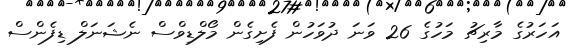
އަހަރުގެ މާރިޗު މަހުގެ 26 ވަނަ ދުވަހުން ފެށިގެން މޯލްޑިވްސް ނެޝަނަލް ޑިފެންސް